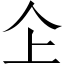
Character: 𠆳